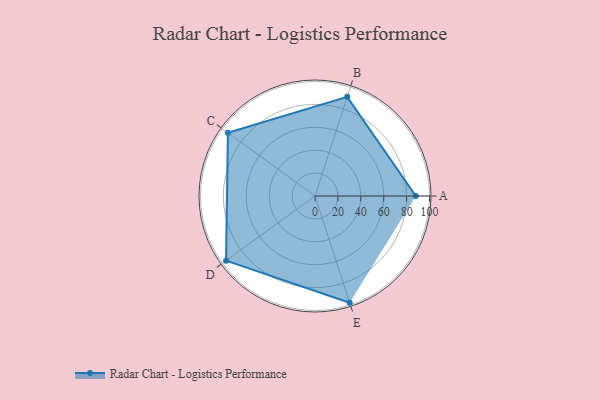
{"axis": {"x": "Skill", "y": "Score"}, "legend": ["Profile"], "data": [{"x": "A", "y": 88.0, "type": "Profile"}, {"x": "B", "y": 91.0, "type": "Profile"}, {"x": "C", "y": 94.0, "type": "Profile"}, {"x": "D", "y": 96.0, "type": "Profile"}, {"x": "E", "y": 98.0, "type": "Profile"}]}